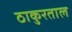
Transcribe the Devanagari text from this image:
ठाकुरताल